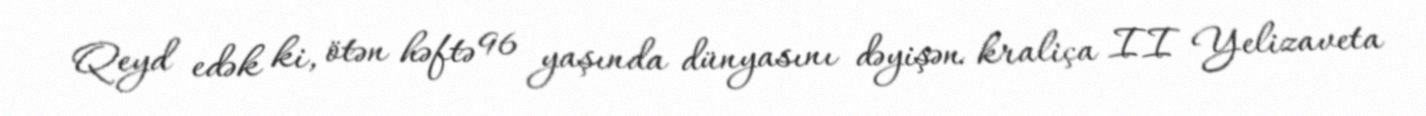
Qeyd edək ki, ötən həftə 96 yaşında dünyasını dəyişən kraliça II Yelizaveta